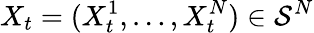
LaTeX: X_{t}=(X_{t}^{1},\ldots,X_{t}^{N})\in\mathcal{S}^{N}